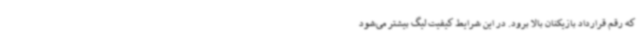
که رقم قرارداد بازیکنان بالا برود. در این شرایط کیفیت لیگ بیشتر می‌شود